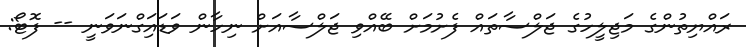
ރައްޔިތުންގެ މަޖިލީހުގެ ޖަލްސާތައް ފެށުމަށް ބޭއްވި ޖަލްސާއަށް ނިހާން ވަޑައިަގްނަވަނީ -- ފޮޓޯ: